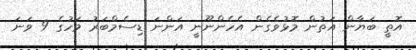
އޮތީ ބަޔާން އަތުން މޮޅުވެގެން އެހެންނޫނީ އަންނަ ޑިސެމްބަރު މަހުގެ 9 ވަނަ